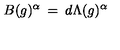
B ( g ) ^ { \alpha } \: = \: d \Lambda ( g ) ^ { \alpha }